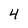
Character: 4